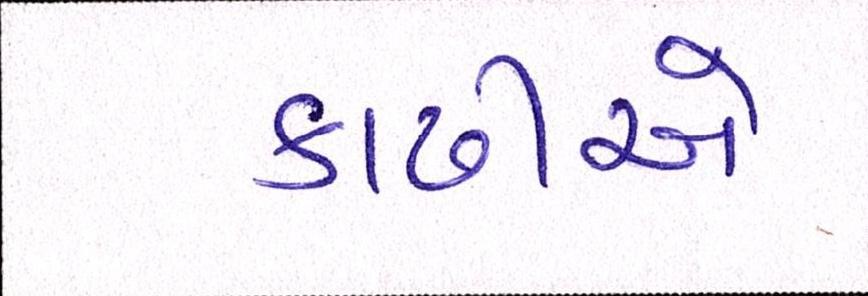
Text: કાઢીએ